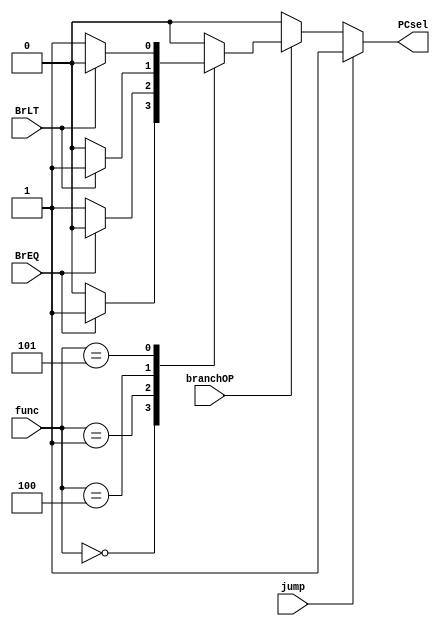
// This program was cloned from: https://github.com/MihVuongNguyen/RISC-V
// License: Apache License 2.0

module branch_decoder (
    input branchOP, jump,
    input [2:0] func,
    input BrEQ, BrLT,
    output reg PCsel
);
    
always @(*) begin
    if (jump)
        PCsel = 1;
    else if (branchOP)
        case (func)
            3'b000 : PCsel = (BrEQ)? 1 : 0;
            3'b001 : PCsel = (BrEQ)? 0 : 1;
            3'b100 : PCsel = (BrLT)? 1 : 0;
            3'b101 : PCsel = (BrLT)? 0 : 1;   
            default: PCsel = 0;
        endcase
    else
       PCsel = 0;

end

endmodule